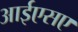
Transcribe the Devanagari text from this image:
आईएसए